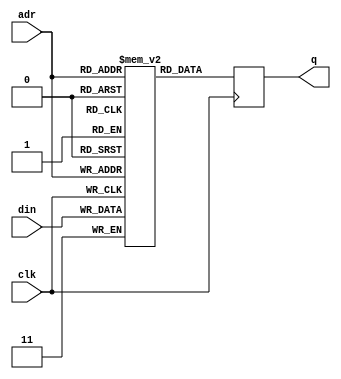
`define TEST_1
module top (
   input [1:0] adr,
   input clk,
   input [1:0] din,
   output reg [1:0] q
);
   reg [1:0] ram [3:0];
   always@(posedge clk)
   begin
`ifdef TEST_1
     {ram[adr],q} <= {din, ram[adr]};
`elsif TEST_2
      ram[adr] <= din;
      q <= ram[adr];
`endif
   end
endmodule